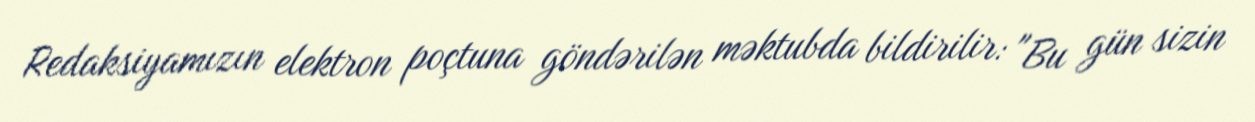
Redaksiyamızın elektron poçtuna göndərilən məktubda bildirilir: "Bu gün sizin